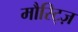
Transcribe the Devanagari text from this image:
मौरिट्ज़